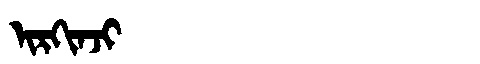
Manchu: ᡳᡵᡴᡳᠨᠵᡳ
Romanization: IRKINJI